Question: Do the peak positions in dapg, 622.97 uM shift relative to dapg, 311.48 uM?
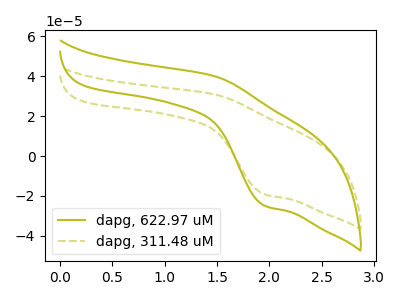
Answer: <think>The olive curve "dapg, 622.97 uM" has an anodic peak at (1.45V, 40.20uA) and a cathodic peak at (1.95V, -24.75uA). The olive dashed curve "dapg, 311.48 uM" has an anodic peak at (1.45V, 31.05uA) and a cathodic peak at (1.95V, -19.10uA).
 All the peaks in "dapg, 622.97 uM" have a peak in "dapg, 311.48 uM" at the same potential. Every peak in "dapg, 622.97 uM" is higher than every peak in "dapg, 311.48 uM".</think>
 <answer>No, "dapg, 622.97 uM" and "dapg, 311.48 uM" don't appear to be significantly different in shape</answer>
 <eval>no_change</eval>